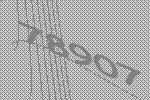
78907